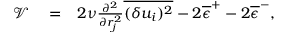
\begin{array} { r l r } { \mathcal { V } } & { { } = } & { 2 \nu \frac { \partial ^ { 2 } } { \partial r _ { j } ^ { 2 } } \overline { { ( \delta u _ { i } ) ^ { 2 } } } - 2 \overline { { \epsilon } } ^ { + } - 2 \overline { { \epsilon } } ^ { - } , } \end{array}